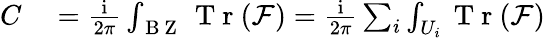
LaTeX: \begin{array}{rl}{C}&{{}=\frac{\mathrm{i}}{2\pi}\int_{\mathrm{~B~Z~}}\mathrm{~T~r~}(\mathcal{F})=\frac{\mathrm{i}}{2\pi}\sum_{i}\int_{U_{i}}\mathrm{~T~r~}(\mathcal{F})}\end{array}